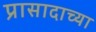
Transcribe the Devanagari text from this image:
प्रासादाच्या